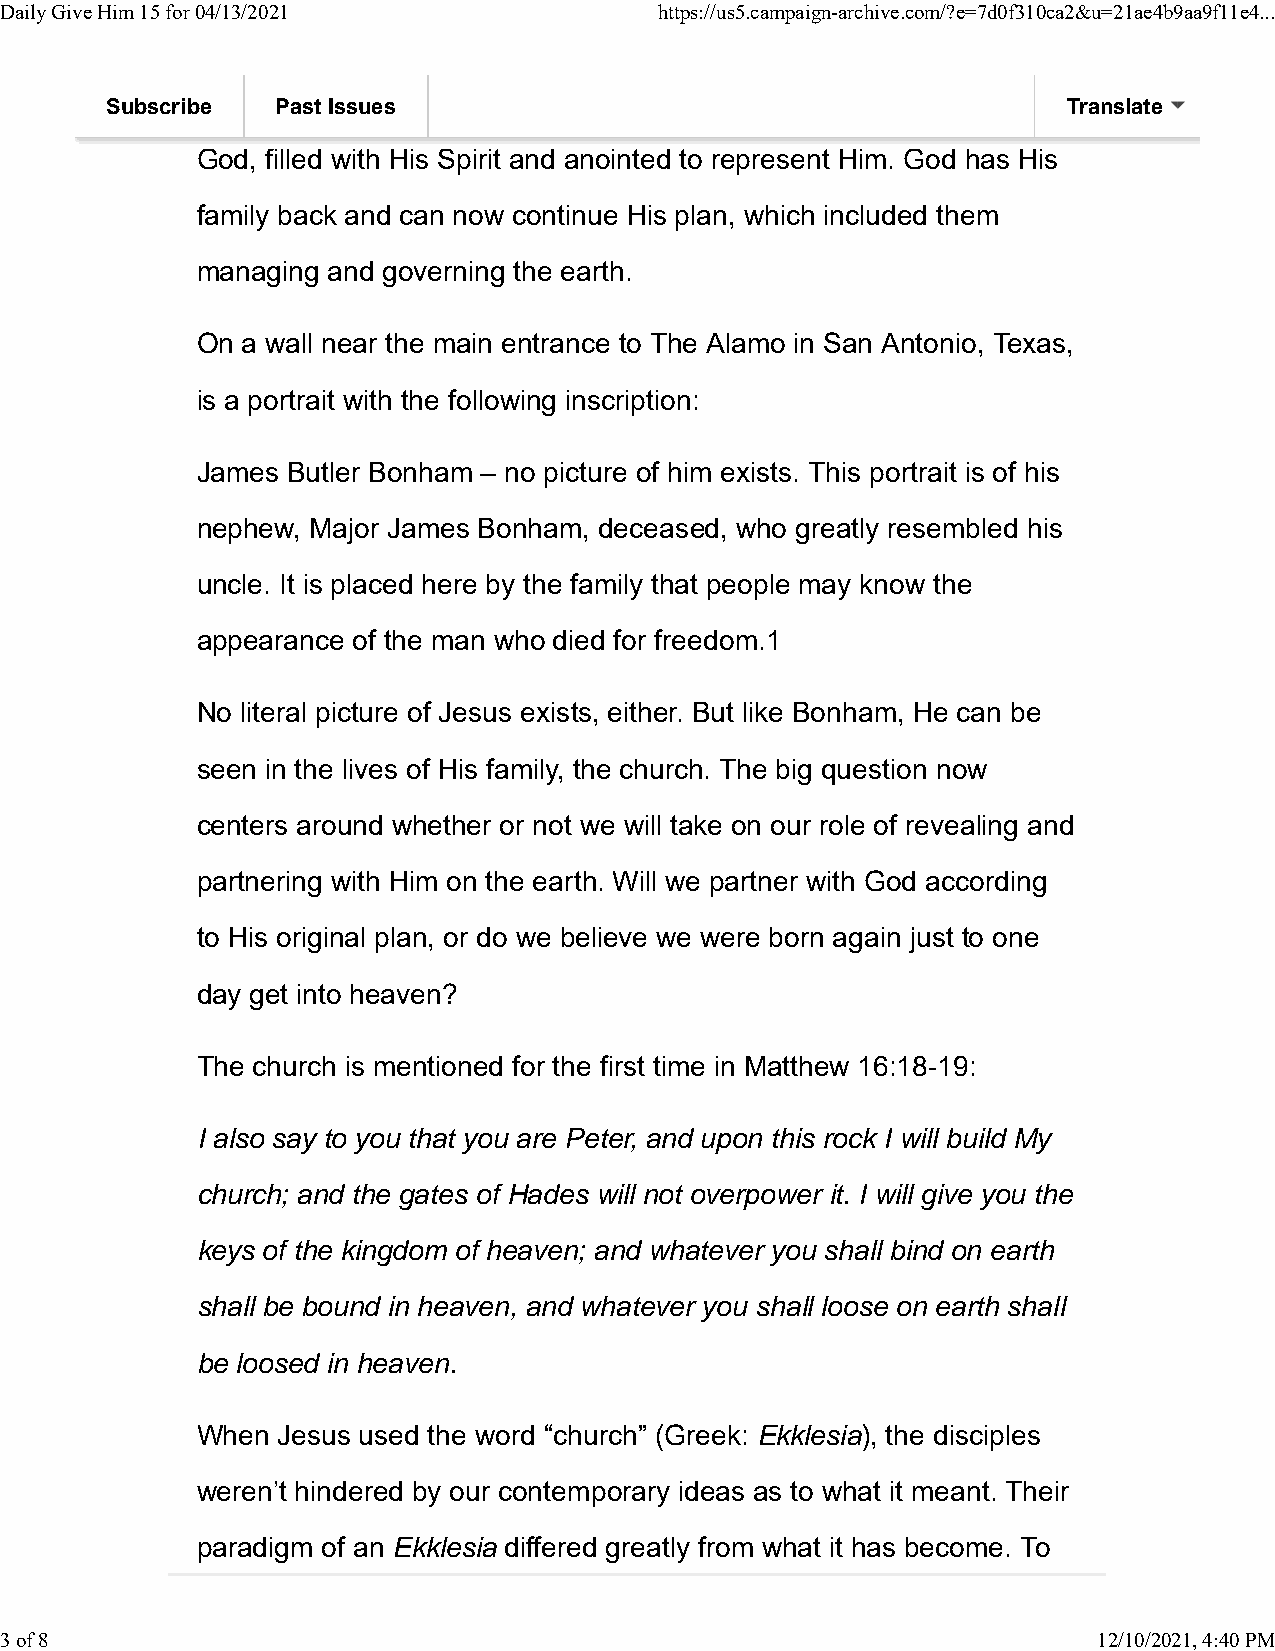
Daily Give Him 15 for 04/13/2021            https://us5.campaign-archive.com/?e=7d0f310ca2&u=21ae4b9aa9f11e4...
 human”; we are supernatural daughters and sons of the Most High
 Subscribe  Past Issues                                          Translate
 God, filled with His Spirit and anointed to represent Him. God has His
 family back and can now continue His plan, which included them
 managing and governing the earth.
 On a wall near the main entrance to The Alamo in San Antonio, Texas,
 is a portrait with the following inscription:
 James Butler Bonham – no picture of him exists. This portrait is of his
 nephew, Major James Bonham, deceased, who greatly resembled his
 uncle. It is placed here by the family that people may know the
 appearance of the man who died for freedom.1
 No literal picture of Jesus exists, either. But like Bonham, He can be
 seen in the lives of His family, the church. The big question now
 centers around whether or not we will take on our role of revealing and
 partnering with Him on the earth. Will we partner with God according
 to His original plan, or do we believe we were born again just to one
 day get into heaven?
 The church is mentioned for the first time in Matthew 16:18-19:
 I also say to you that you are Peter, and upon this rock I will build My
 church; and the gates of Hades will not overpower it. I will give you the
 keys of the kingdom of heaven; and whatever you shall bind on earth
 shall be bound in heaven, and whatever you shall loose on earth shall
 be loosed in heaven.
 When Jesus used the word “church” (Greek: Ekklesia), the disciples
 weren’t hindered by our contemporary ideas as to what it meant. Their
 paradigm of an Ekklesia differed greatly from what it has become. To
 3 of 8                                                                   12/10/2021, 4:40 PM